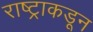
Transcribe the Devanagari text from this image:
राष्ट्राकडून